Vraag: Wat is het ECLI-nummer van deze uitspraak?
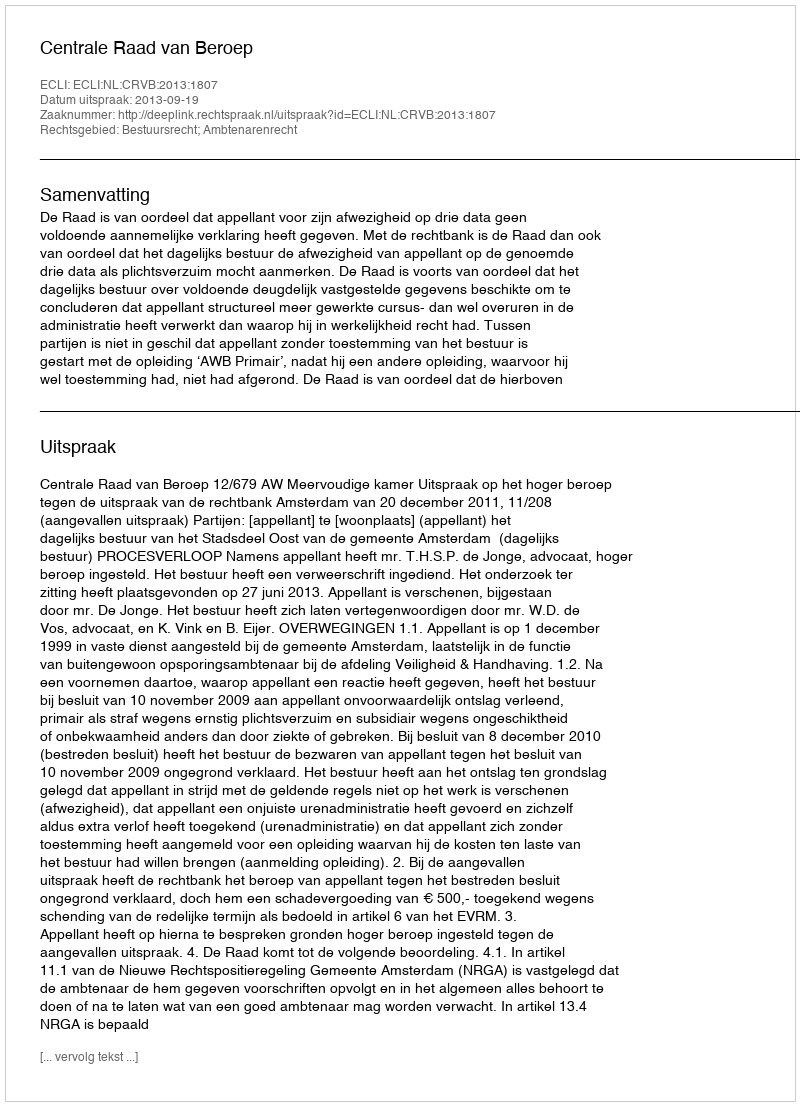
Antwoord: ECLI:NL:CRVB:2013:1807